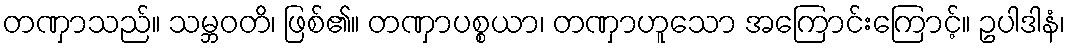
တဏှာသည်။ သမ္ဘဝတိ၊ ဖြစ်၏။ တဏှာပစ္စယာ၊ တဏှာဟူသော အကြောင်းကြောင့်။ ဥပါဒါနံ၊